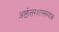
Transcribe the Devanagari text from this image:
अष्टोत्तरशतसंख्याक